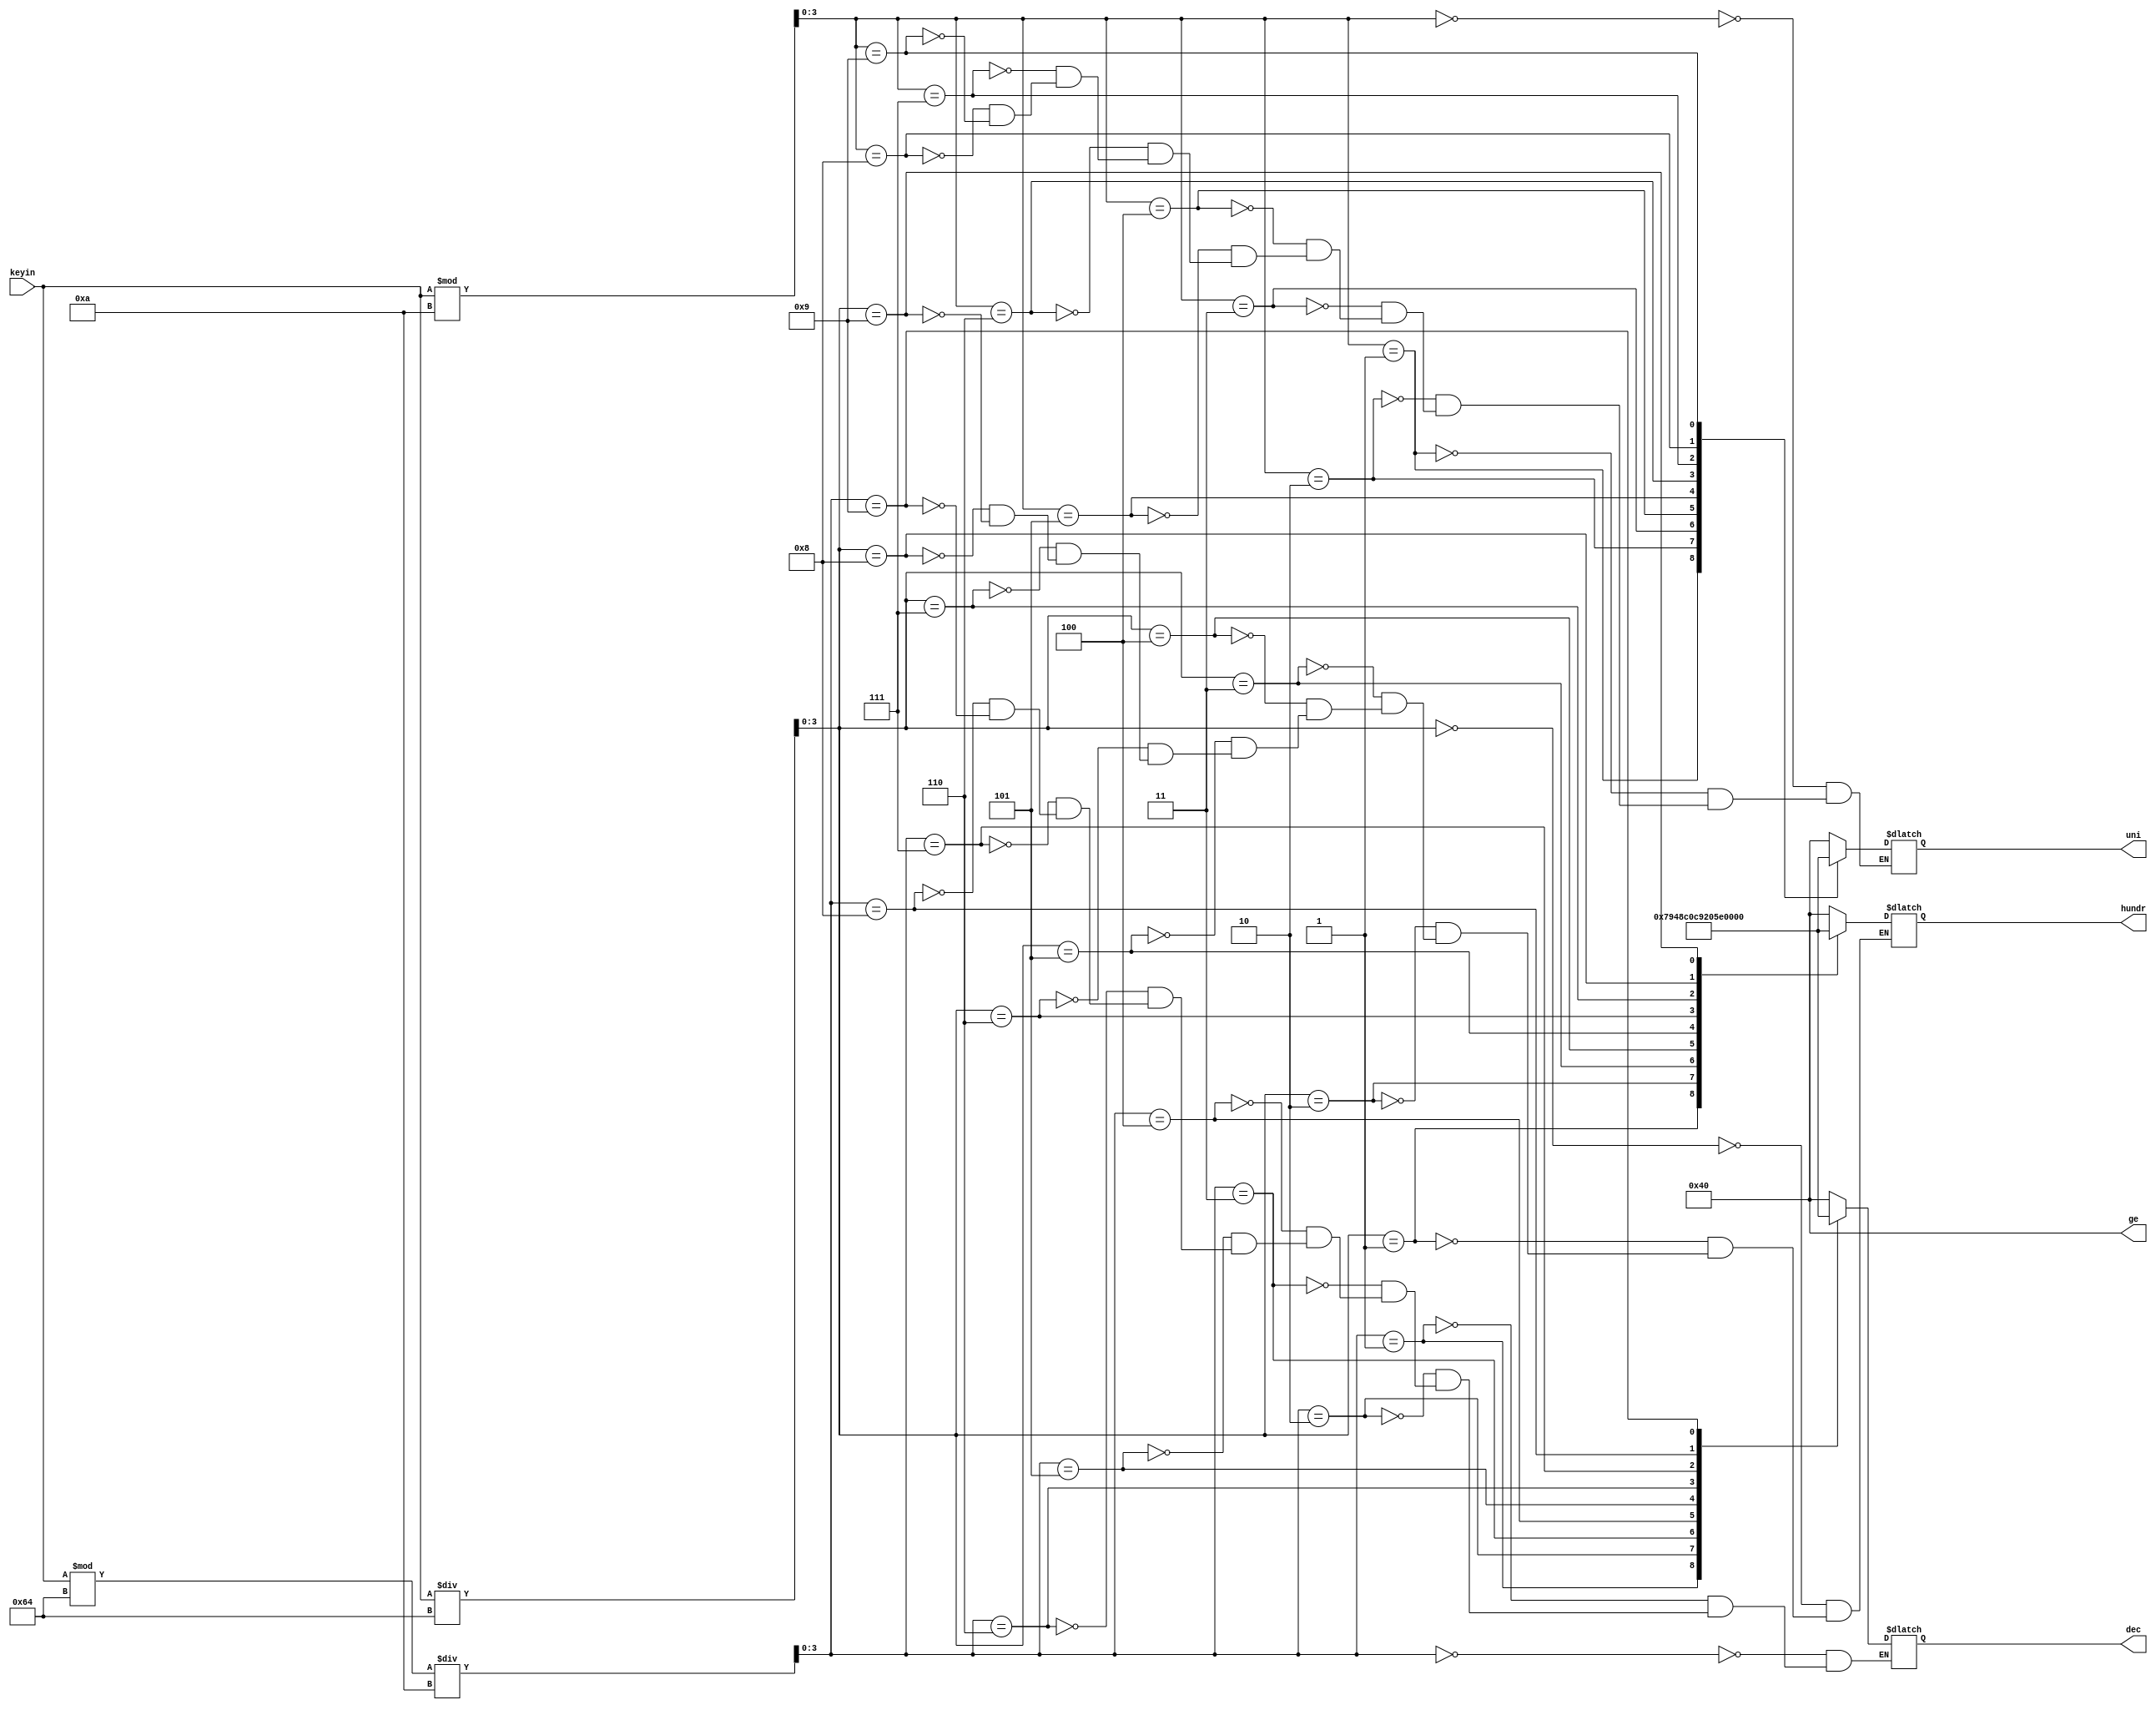
module freshow(keyin,hundr,dec,uni,ge);
input [8:0]keyin;
output [6:0]dec,uni,hundr,ge;
wire [3:0]b,c,d;
reg [6:0]dec,uni,hundr;
assign b=keyin/100;
assign c=(keyin%100)/10;
assign d=keyin%10;
assign ge=7'b1000000;
always @(b)
begin
case(b)
4'd0:hundr=7'b1000000;
4'd1:hundr=7'b1111001;
4'd2:hundr=7'b0100100;
4'd3:hundr=7'b0110000;
4'd4:hundr=7'b0011001;
4'd5:hundr=7'b0010010;
4'd6:hundr=7'b0000010;
4'd7:hundr=7'b1111000;
4'd8:hundr=7'b0000000;
4'd9:hundr=7'b0010000;
endcase
end

always @(c)
begin
case(c)
4'd0:dec=7'b1000000;
4'd1:dec=7'b1111001;
4'd2:dec=7'b0100100;
4'd3:dec=7'b0110000;
4'd4:dec=7'b0011001;
4'd5:dec=7'b0010010;
4'd6:dec=7'b0000010;
4'd7:dec=7'b1111000;
4'd8:dec=7'b0000000;
4'd9:dec=7'b0010000;
endcase
end

always @(d)
begin
case(d)
4'd0:uni=7'b1000000;
4'd1:uni=7'b1111001;
4'd2:uni=7'b0100100;
4'd3:uni=7'b0110000;
4'd4:uni=7'b0011001;
4'd5:uni=7'b0010010;
4'd6:uni=7'b0000010;
4'd7:uni=7'b1111000;
4'd8:uni=7'b0000000;
4'd9:uni=7'b0010000;
endcase
end
endmodule